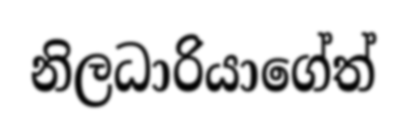
නිලධාරියාගේත්